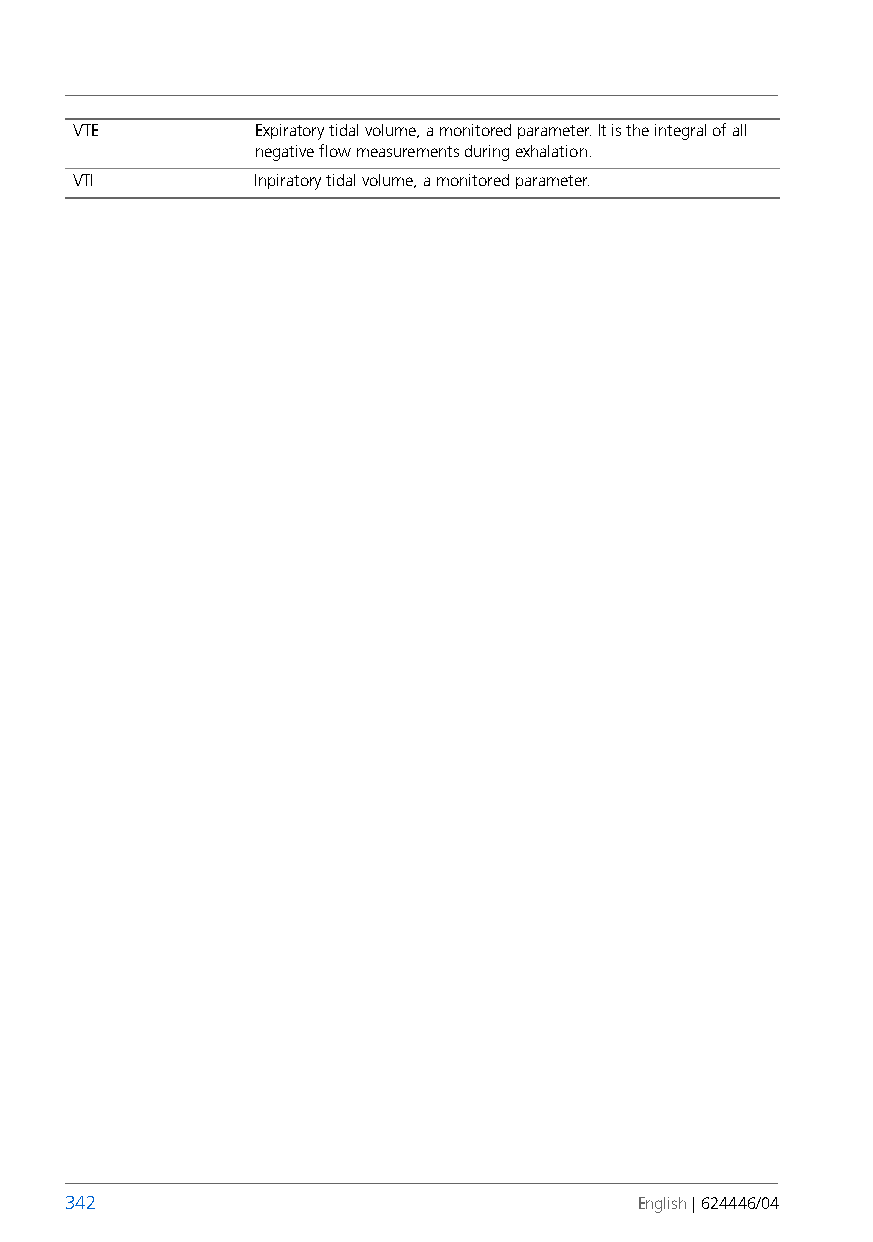
VTE         Expiratory tidal volume, a monitored parameter. It is theintegral of all
 negative flow measurements during exhalation.
 VTI         Inpiratory tidal volume, a monitored parameter.
 342                                   English | 624446/04